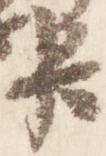
臣